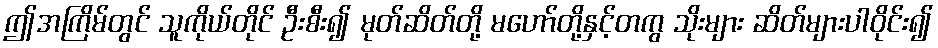
ဤအကြိမ်တွင် သူကိုယ်တိုင် ဦးစီး၍ မုတ်ဆိတ်တို့ မဟော်တို့နှင့်တကွ သိုးများ ဆိတ်များပါဝိုင်း၍